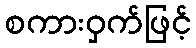
စကားဝှက်ဖြင့်